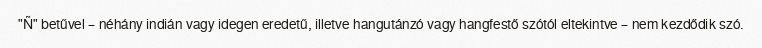
"Ñ" betűvel – néhány indián vagy idegen eredetű, illetve hangutánzó vagy hangfestő szótól eltekintve – nem kezdődik szó.